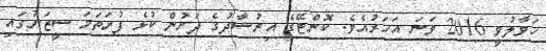
ހަވާލުވީ 2016 ވަނަ އަހަރުއެވެ. ކޮންޓޭގެ އިރުޝާދުގެ ދަށުން ކުޅެ ފުރަތަމަ ސީޒަނުގައި